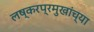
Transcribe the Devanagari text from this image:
लष्करप्रमुखांच्या